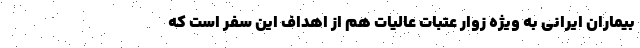
بیماران ایرانی به ویژه زوار عتبات عالیات هم از اهداف این سفر است که